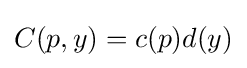
C(p,y)=c(p)d(y)